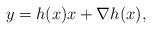
LaTeX: \begin{align*}y=h(x)x+\nabla h(x),\end{align*}